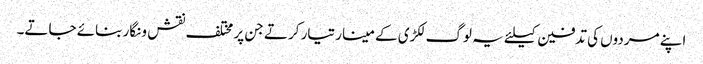
اپنے مردوں کی تدفین کیلئے یہ لوگ لکڑی کے مینار تیار کرتے جن پر مختلف نقش و نگار بنائے جاتے۔